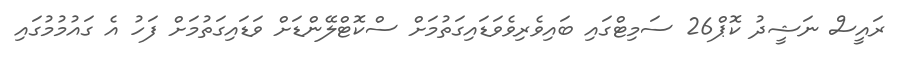
ރައީސް ނަޝީދު ކޮޕް26 ސަމިޓްގައި ބައިވެރިވެވަޑައިގަތުމަށް ސްކޮޓްލޭންޑަށް ވަޑައިގަތުމަށް ފަހު އެ ގައުމުމުގައި